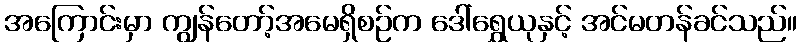
အကြောင်းမှာ ကျွန်တော့်အမေရှိစဉ်က ဒေါ်ရွှေယုနှင့် အင်မတန်ခင်သည်။